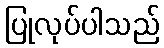
ပြုလုပ်ပါသည်